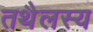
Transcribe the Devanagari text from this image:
तथैलस्य